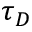
\tau _ { D }